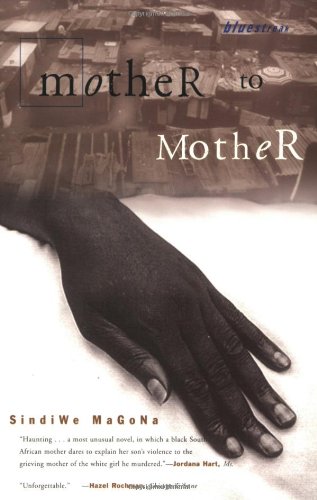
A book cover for Mother to Mother (Bluestreak); Sindiwe Magona; Literature & Fiction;